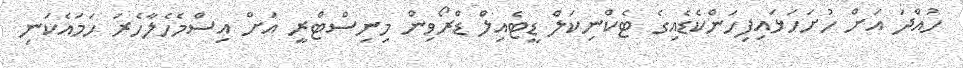
ހުއްދަ އަށް ހުށަހަޅައިފިހަންކެޑެއިގެ ޓެކްނިކަލް ޑީޓެއިލް ޑްރޯވިން މިނިސްޓްރީ އަށް އިސްމެހެލާހެރަ ހަމައެކަނި